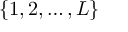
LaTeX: \{ 1 , 2 , \ldots , L \}